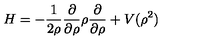
H = - \frac { 1 } { 2 \rho } \frac { \partial } { \partial \rho } \rho \frac { \partial } { \partial \rho } + V ( \rho ^ { 2 } )